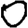
Digit: 0